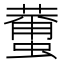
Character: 𮑿